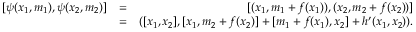
\begin{array} { r l r } { [ \psi ( x _ { 1 } , m _ { 1 } ) , \psi ( x _ { 2 } , m _ { 2 } ) ] } & { = } & { [ ( x _ { 1 } , m _ { 1 } + f ( x _ { 1 } ) ) , ( x _ { 2 } , m _ { 2 } + f ( x _ { 2 } ) ) ] } \\ & { = } & { ( [ x _ { 1 } , x _ { 2 } ] , [ x _ { 1 } , m _ { 2 } + f ( x _ { 2 } ) ] + [ m _ { 1 } + f ( x _ { 1 } ) , x _ { 2 } ] + h ^ { \prime } ( x _ { 1 } , x _ { 2 } ) ) . } \end{array}